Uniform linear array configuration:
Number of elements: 24
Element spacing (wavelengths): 1
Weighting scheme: blackman
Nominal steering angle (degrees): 60
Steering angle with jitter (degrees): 60.302
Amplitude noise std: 0.05
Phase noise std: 0.05

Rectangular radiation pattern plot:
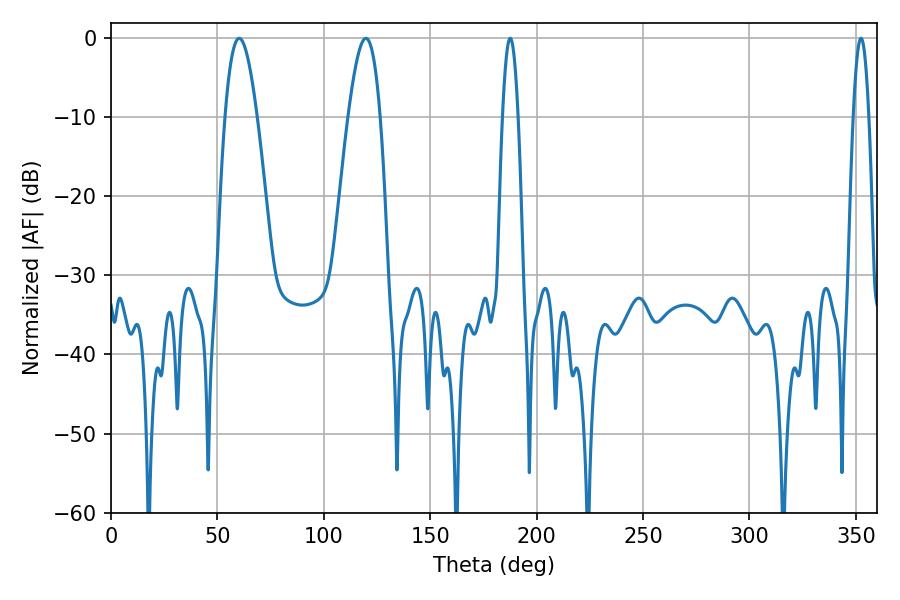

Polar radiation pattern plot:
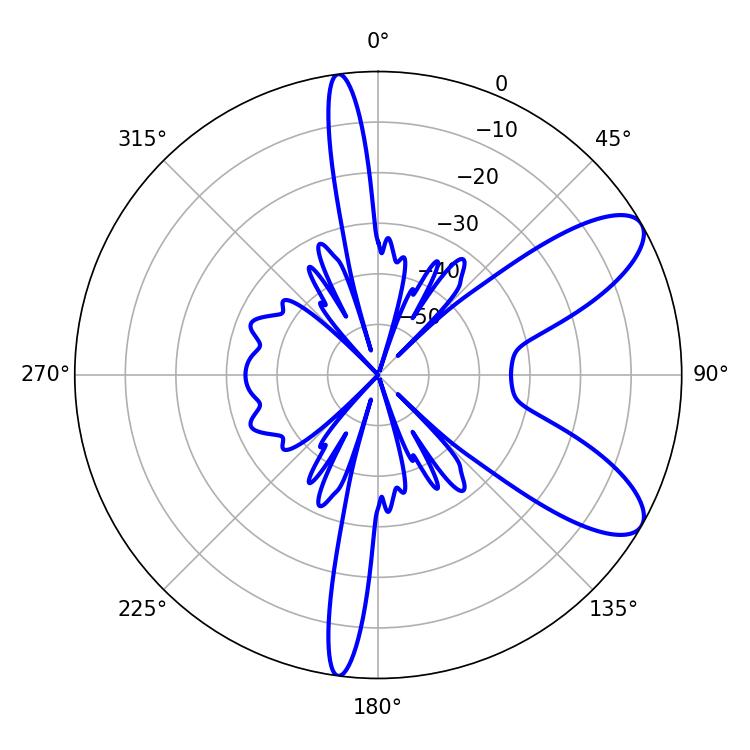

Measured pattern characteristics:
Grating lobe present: TRUE
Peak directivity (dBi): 9.027
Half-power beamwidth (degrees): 3.96
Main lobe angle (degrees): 187.56